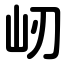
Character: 屻